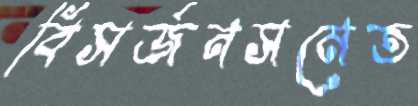
বিসর্জনসমেত